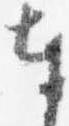
奉